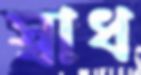
স্বাধ